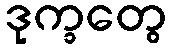
ဒုက္ခတွေ